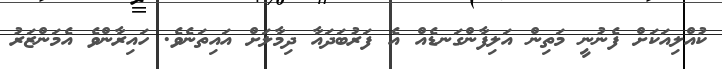
ކުއްލިއަކަށް ފެނުނީ މަތިން އަލިފާންގަނޑެއް އެ ފަރުބަދައާ ދިމާލަށް އައިތަނެވެ. ހައިރާންވެ އެމަންޒަރު